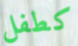
كطفل